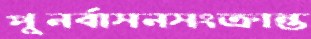
পুনর্বাসনসংক্রান্ত